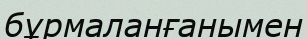
бұрмаланғанымен